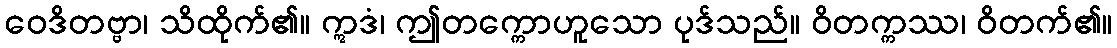
ဝေဒိတဗ္ဗာ၊ သိထိုက်၏။ ဣဒံ၊ ဤတက္ကောဟူသော ပုဒ်သည်။ ဝိတက္ကဿ၊ ဝိတက်၏။